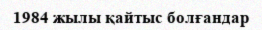
1984 жылы қайтыс болғандар